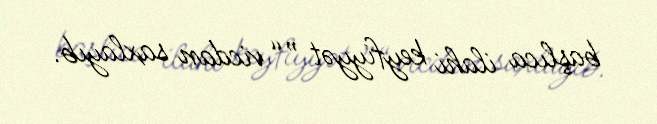
başlıca ilahi keyfiyyət ”“ vicdan saxlayıb.